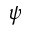
\psi